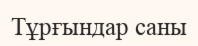
Тұрғындар саны